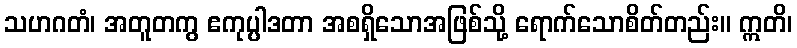
သဟဂတံ၊ အတူတကွ ဧကုပ္ပါဒတာ အစရှိသောအဖြစ်သို့ ရောက်သောစိတ်တည်း။ ဣတိ၊